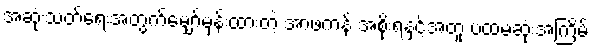
အဆုံးသတ်ရေးအတွက်မျှော်မှန်းထားတဲ့ အာဖကန် အစိုးရနှင့်အတူ ပထမဆုံးအကြိမ်